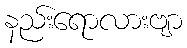
နည်းရောလားဗျာ